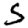
Digit: 5